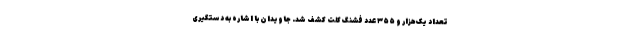
تعداد یک‌هزار و ۳۵۵ عدد فشنگ کلت کشف شد. جاویدان با اشاره به دستگیری